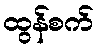
ထွန်စက်